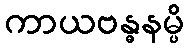
ကာယဗန္ဓနမ္ပိ